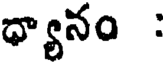
ధ్యానం :